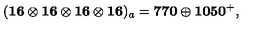
( \mathbf { 1 6 \otimes 1 6 \otimes 1 6 \otimes 1 6 } ) _ { a } = \mathbf { 7 7 0 } \oplus \mathbf { 1 0 5 0 } ^ { + } ,